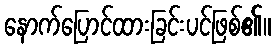
နောက်ပြောင်ထားခြင်းပင်ဖြစ်၏။